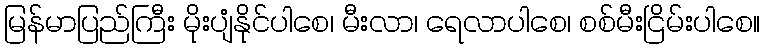
မြန်မာပြည်ကြီး မိုးပျံနိုင်ပါစေ၊ မီးလာ၊ ရေလာပါစေ၊ စစ်မီးငြိမ်းပါစေ။